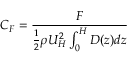
C _ { F } = \frac { F } { \frac { 1 } { 2 } \rho U _ { H } ^ { 2 } \int _ { 0 } ^ { H } D ( z ) d z }